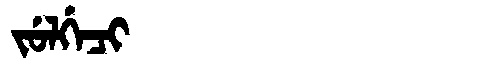
Manchu: ᠵᡠᠯᡤᡝᠴᡳ
Romanization: JULGECI